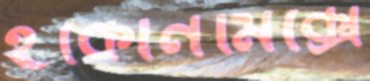
ইকোনমিক্সে